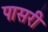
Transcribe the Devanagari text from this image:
पासरी